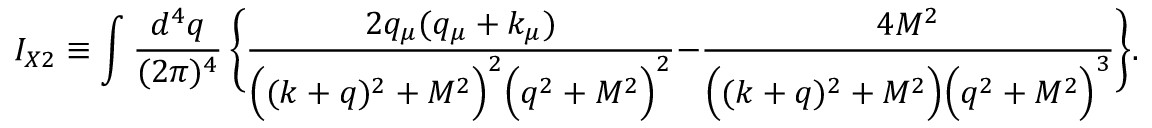
I _ { X 2 } \equiv \int \frac { d ^ { 4 } q } { ( 2 \pi ) ^ { 4 } } \, \Bigg \{ \frac { 2 q _ { \mu } ( q _ { \mu } + k _ { \mu } ) } { \Big ( ( k + q ) ^ { 2 } + M ^ { 2 } \Big ) ^ { 2 } \Big ( q ^ { 2 } + M ^ { 2 } \Big ) ^ { 2 } } - \frac { 4 M ^ { 2 } } { \Big ( ( k + q ) ^ { 2 } + M ^ { 2 } \Big ) \Big ( q ^ { 2 } + M ^ { 2 } \Big ) ^ { 3 } } \Bigg \} . \qquad